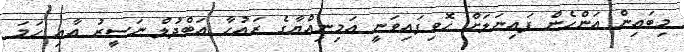
މިބައިން އަންހެން ފައިނަލަށް ހޮވިފައިވަނީ އަމިނިއްޔާގެ ރައުހާ އަބްދުލް ނަސީރު އާއި ހަމަ